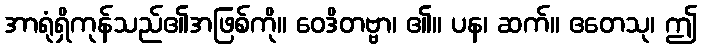
အာရုံရှိကုန်သည်၏အဖြစ်ကို။ ဝေဒိတဗ္ဗာ၊ ၏။ ပန၊ ဆက်။ ဧတေသု၊ ဤ